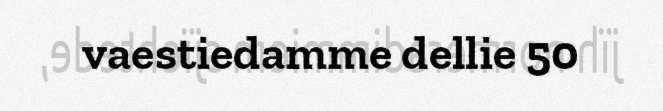
vaestiedamme dellie 50